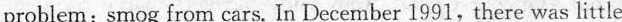
problem:smog from cars. In December 1991, there was little